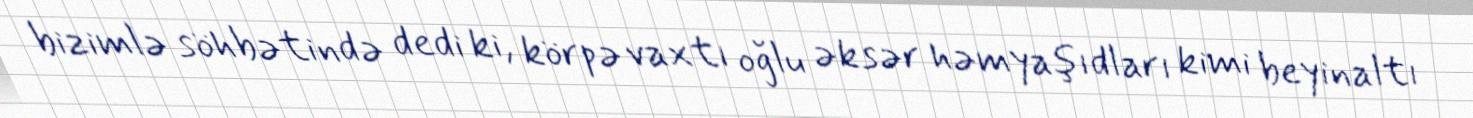
bizimlə söhbətində dedi ki, körpə vaxtı oğlu əksər həmyaşıdları kimi beyinaltı